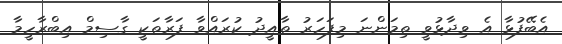
އެބޭފުޅާ އެ ވިދާޅުވީ ތިމަންނަ މިފަހަރު ތާއީދު ކުރައްވާ ފަރާތަކީ ގާސިމް އިބްރާހީމާ